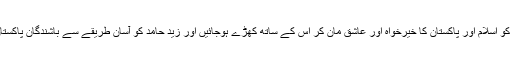
اور اس طرح لوگ اس کو اسلام اور پاکستان کا خیرخواہ اور عاشق مان کر اس کے ساتھ کھڑے ہوجائیں اور زید حامد کو آسان طریقے سے باشندگان پاکستان کاسپورٹ مل سکے۔